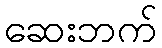
ဆေးဘက်